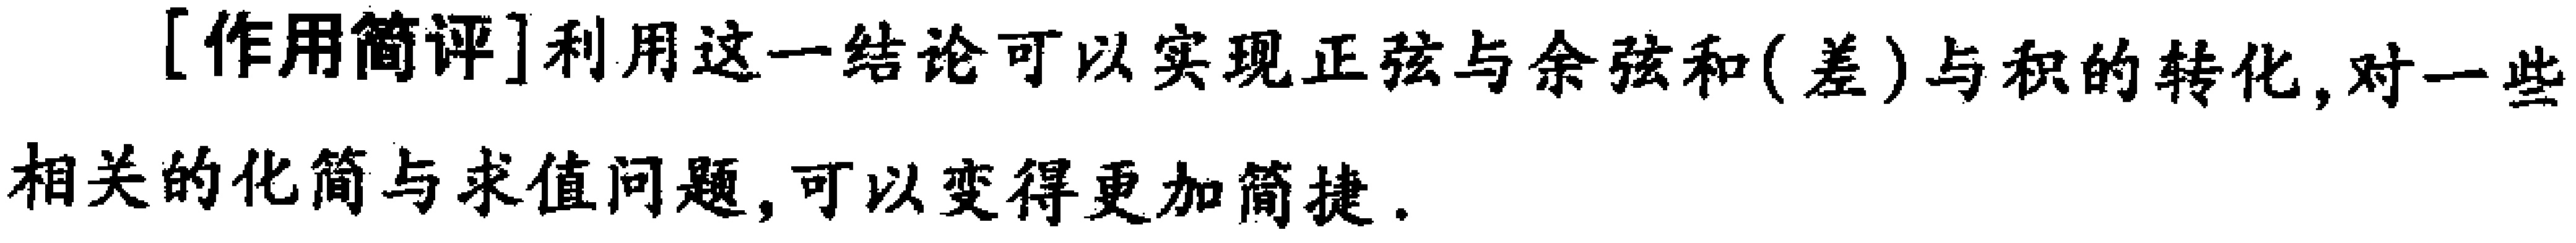
[作用简评]利用这一结论可以实现正弦与余弦和(差)与积的转化,对一些相关的化简与求值问题,可以变得更加简捷.